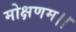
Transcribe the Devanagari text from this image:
मोक्षणम।।